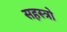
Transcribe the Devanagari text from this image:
सहस्त्रो